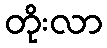
တိုးလာ